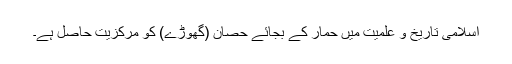
اسلامی تاریخ و علمیت میں حِمار کے بجائے حِصان (گھوڑے) کو مرکزیت حاصل ہے۔